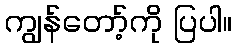
ကျွန်တော့်ကို ပြပါ။